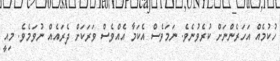
ހުކުމެއް އަހަރެންނަށް ކުރެވުނެވެ. ނަމަވެސް އެކަމާ އެއްވެސް ވަރަކަށް ދެރައެއް ނުވަމެވެ. މިއީ